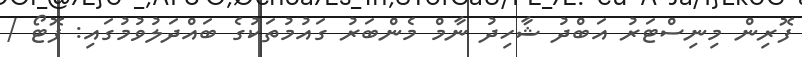
ފޮރިން މިނިސްޓަރު އަބްދު ޝާހިދު ނާމް މެންބަރު ގައުމުތަކުގެ ބައްދަލުވުމުގައި: ފޮޓޯ /